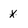
Character: x